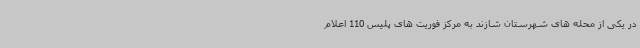
در یکی از محله های شهرستان شازند به مرکز فوریت های پلیس 110 اعلام